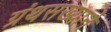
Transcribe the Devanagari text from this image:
ग्रंथसख्याने